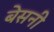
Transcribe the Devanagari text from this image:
बेसनी